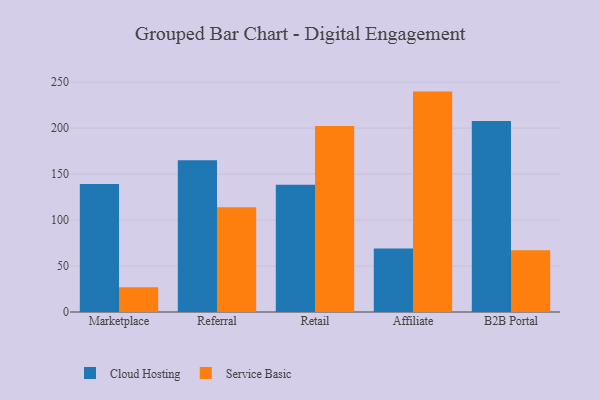
{"axis": {"x": "Channel", "y": "Population (Million)"}, "legend": ["Cloud Hosting", "Service Basic"], "data": [{"x": "Marketplace", "y": 139.3, "type": "Cloud Hosting"}, {"x": "Marketplace", "y": 26.9, "type": "Service Basic"}, {"x": "Referral", "y": 165.0, "type": "Cloud Hosting"}, {"x": "Referral", "y": 113.9, "type": "Service Basic"}, {"x": "Retail", "y": 138.3, "type": "Cloud Hosting"}, {"x": "Retail", "y": 202.4, "type": "Service Basic"}, {"x": "Affiliate", "y": 69.0, "type": "Cloud Hosting"}, {"x": "Affiliate", "y": 239.7, "type": "Service Basic"}, {"x": "B2B Portal", "y": 207.7, "type": "Cloud Hosting"}, {"x": "B2B Portal", "y": 67.1, "type": "Service Basic"}]}